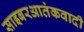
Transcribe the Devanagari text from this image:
साइबरआतंकवादी